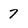
Character: 7